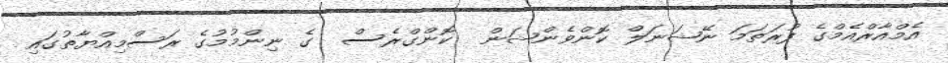
އެމްއާރްއެމްގެ ފުރަތަމަ ނޭޝަނަލް ކޮންވެންޝަން  ކޮންގްރެސް  ގެ ނިންމުމުގެ ރަސްމިއްޔާތުގައި